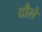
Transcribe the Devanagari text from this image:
दौले